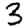
Digit: 3